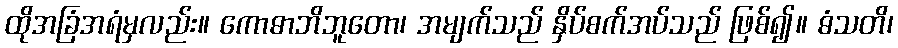
ထိုအခြံအရံမှလည်း။ ကောဓာဘိဘူတော၊ အမျက်သည် နှိပ်စက်အပ်သည် ဖြစ်၍။ ဓံသတိ၊